Leaving Certificate Examination, 1923
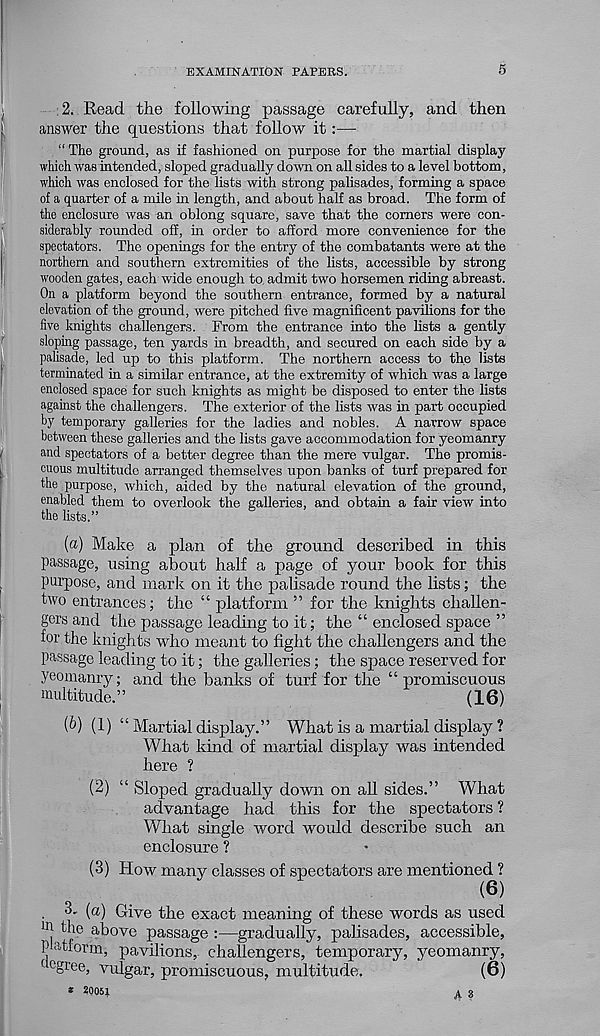
EXAMINATION PAPERS.
s
2. Read the following passage carefully, and then
answer the questions that follow it:—
“ The ground, as if fashioned on purpose for the martial display
which was intended, sloped gradually down on all sides to a level bottom,
which was enclosed for the lists with strong palisades, forming a space
of a quarter of a mile in length, and about half as broad. The form of
the enclosure was an oblong square, save that the comers were con-
siderably rounded off, in order to afford more convenience for the
spectators. The openings for the entry of the combatants were at the
northern and southern extremities of the lists, accessible by strong
wooden gates, each wide enough to admit two horsemen riding abreast.
On a platform beyond the southern entrance, formed by a natural
elevation of the ground, were pitched five magnificent pavilions for the
five knights challengers. From the entrance into the lists a gently
sloping passage, ten yards in breadth, and secured on each side by a
palisade, led up to this platform. The northern access to the lists
terminated in a similar entrance, at the extremity of which was a large
enclosed space for such knights as might be disposed to enter the lists
against the challengers. The exterior of the lists was in part occupied
by temporary galleries for the ladies and nobles. A narrow space
between these galleries and the lists gave accommodation for yeomanry
and spectators of a better degree than the mere vulgar. The promis-
cuous multitude arranged themselves upon banks of turf prepared for
the purpose, which, aided by the natural elevation of the ground,
enabled them to overlook the galleries, and obtain a fair view into
the lists.”
(a) Make a plan of the ground described in this
passage, using about half a page of your book for this
purpose, and mark on it the palisade round the lists; the
two entrances; the “ platform ” for the knights challen-
gers and the passage leading to it; the “ enclosed space ”
for the knights who meant to fight the challengers and the
passage leading to it; the galleries; the space reserved for
yeomanry; and the banks of turf for the “ promiscuous
multitude.”
(16)
(b) (1) “Martialdisplay.” What is a martial display ?
What kind of martial display was intended
here ?
(2) “ Sloped gradually down on all sides.” What
advantage had this for the spectators ?
What single word would describe such an
enclosure ?
(3) How many classes of spectators are mentioned ?
. 3. (a) Give the exact meaning of these words as used
m the above passage :—gradually, palisades, accessible,
Platform, pavilions, challengers, temporary, yeomanry,
r - ogree, vulgar, promiscuous, multitude.
(6)
* 20051
A s